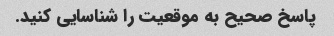
پاسخ صحیح به موقعیت را شناسایی کنید.